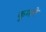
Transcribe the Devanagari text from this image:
कुमारे